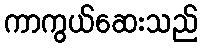
ကာကွယ်ဆေးသည်